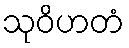
သုဝိဟတံ